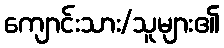
ကျောင်းသား/သူများ၏